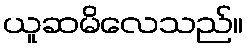
ယူဆမိလေသည်။